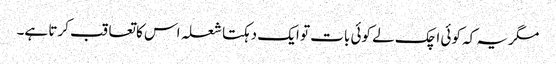
مگر یہ کہ کوئی اچک لے کوئی بات تو ایک دہکتا شعلہ اس کا تعاقب کرتا ہے۔